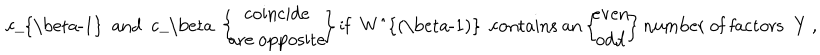
LaTeX: { \mathrm { ~ c _ { \ b e t a - 1 } ~ a n d ~ c _ { \ b e t a } ~ } } \left\{ \! \! \! \begin{array} { c } { { { \mathrm { c o i n c i d e } } } } \\ { { { \mathrm { a r e ~ o p p o s i t e } } } } \\ \end{array} \! \! \right\} { \mathrm { i f ~ W ^ { ( \ b e t a - 1 ) } ~ c o n t a i n s ~ a n } } \left\{ \! \! \! \begin{array} { c } { { { \mathrm { e v e n } } } } \\ { { { \mathrm { o d d } } } } \\ \end{array} \! \! \right\} { \mathrm { n u m b e r ~ o f ~ f a c t o r s ~ Y ~ , } }